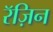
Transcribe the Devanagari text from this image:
रॅज़िन